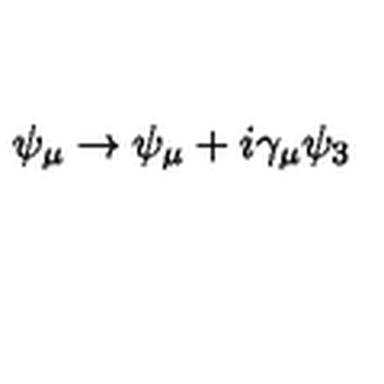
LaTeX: \psi _ { \mu } \rightarrow \psi _ { \mu } + i \gamma _ { \mu } \psi _ { 3 }